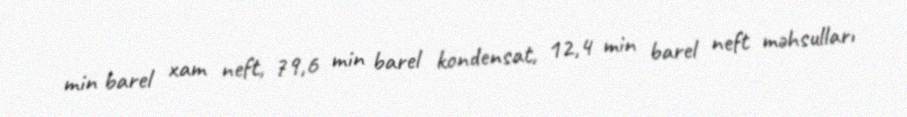
min barel xam neft, 79,6 min barel kondensat, 12,4 min barel neft məhsulları